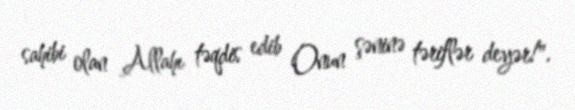
sahibi olan Allahı təqdis edib Onun şəninə təriflər deyər!".